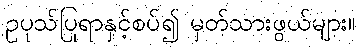
ဥပုသ်ပြုရာနှင့်စပ်၍ မှတ်သားဖွယ်များ။